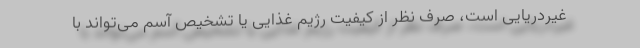
غیردریایی است، صرف نظر از کیفیت رژیم غذایی یا تشخیص آسم می‌تواند با